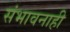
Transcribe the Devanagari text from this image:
संभावनाही